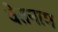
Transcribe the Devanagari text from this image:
वेतनाम